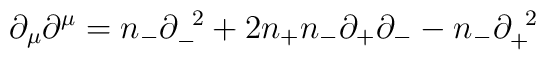
{\partial}_{\mu}{\partial}^{\mu}=n_-{\partial}_-^{\;\;2}+2n_+n_-{\partial}_+{\partial}_--n_-{\partial}_+^{\;\;2}